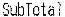
SUBTOTAL